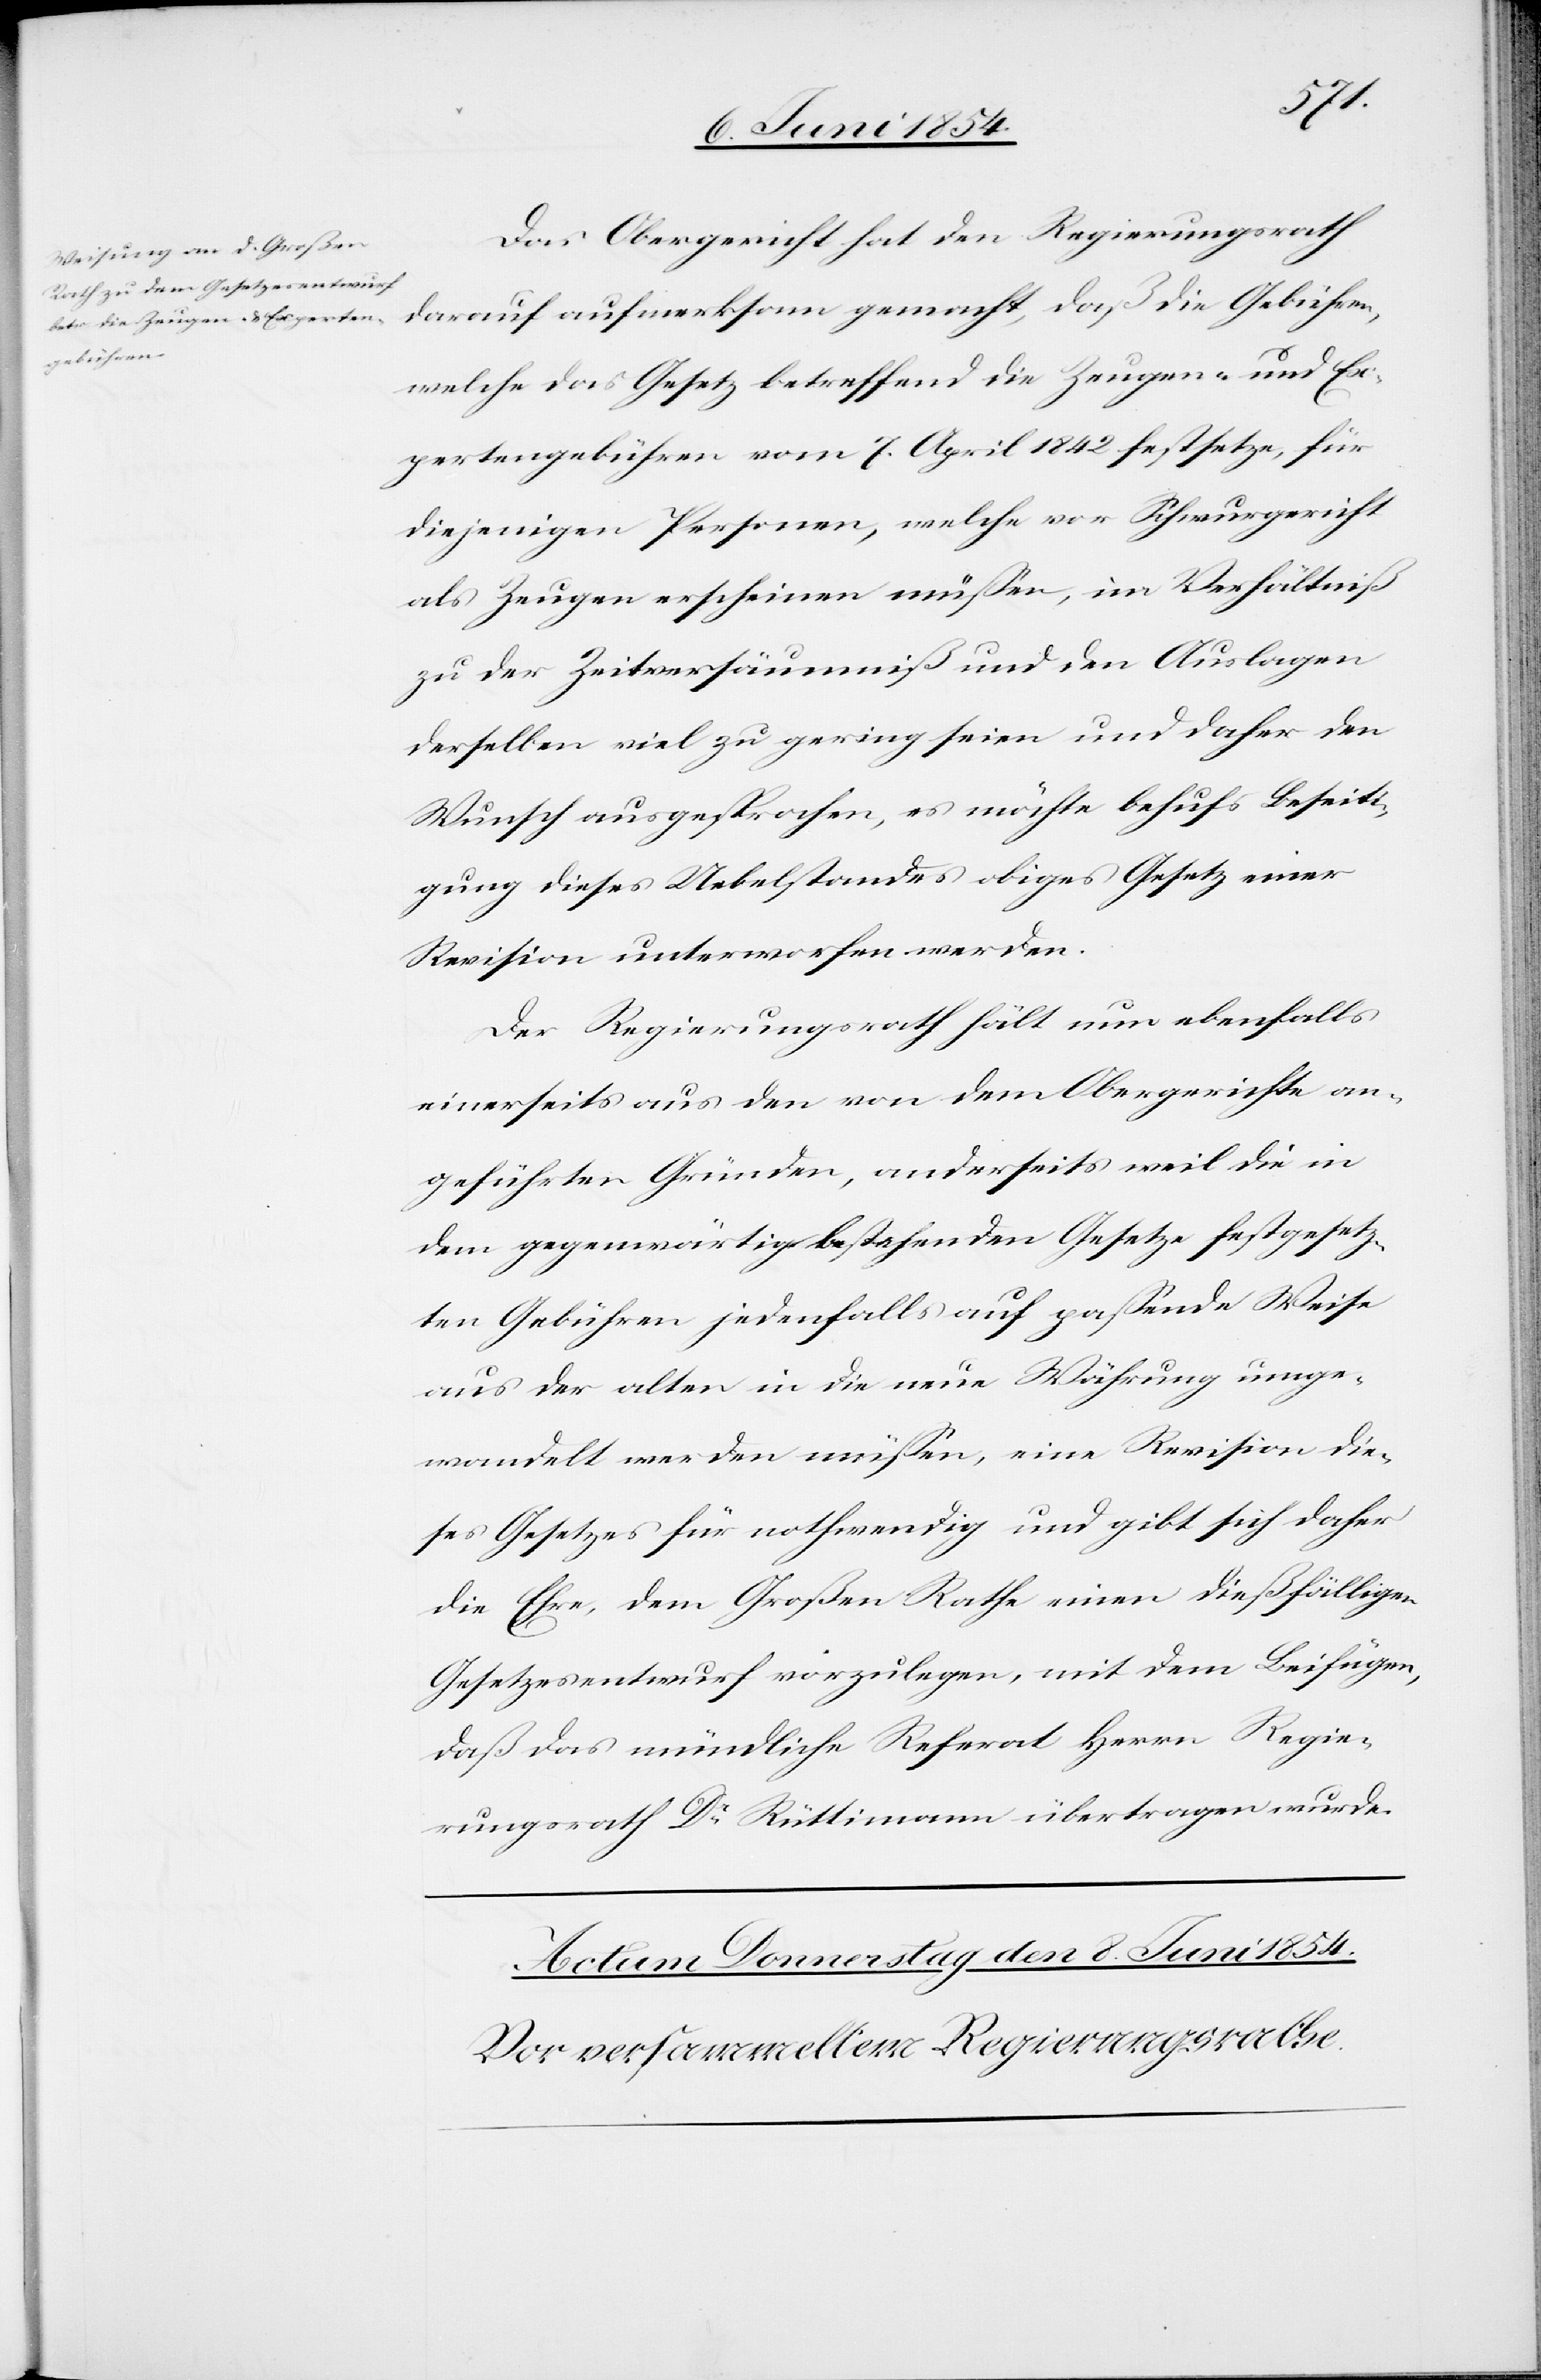
Das Obergericht hat den Regierungsrath
darauf aufmerksam gemacht, daß die Gebühren,
welche das Gesetz betreffend die Zeugen- und Ex¬
pertengebühren vom 7. April 1842 festsetze, für
diejenigen Personen, welche vor Schwurgericht
als Zeugen erscheinen müßen, im Verhältniß
zu der Zeitversäumniß und den Auslagen
derselben viel zu gering seien und daher den
Wunsch ausgesprochen, es möchte behufs Beseiti¬
gung dieses Uebelstandes obiges Gesetz einer
Revision unterworfen werden.
Der Regierungsrath hält nun ebenfalls
einerseits aus den von dem Obergerichte an¬
geführten Gründen, anderseits weil die in
dem gegenwärtig bestehenden Gesetze festgesetz¬
ten Gebühren jedenfalls auf paßende Weise
aus der alten in die neue Währung umge¬
wandelt werden müßen, eine Revision die¬
ses Gesetzes für nothwendig und gibt sich daher
die Ehre, dem Großen Rathe einen dießfälligen
Gesetzesentwurf vorzulegen, mit dem Beifügen,
daß das mündliche Referat Herrn Regie¬
rungsrath Dr Rüttimann übertragen wurde.